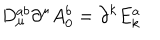
LaTeX: D _ { \mu } ^ { a b } \partial ^ { \mu } A _ { 0 } ^ { b } = \partial ^ { k } E _ { k } ^ { a }